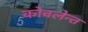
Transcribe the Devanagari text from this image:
कोवलेन्त